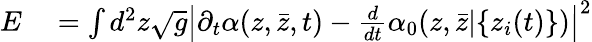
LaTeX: \begin{array}{rl}{E}&{{}=\int d^{2}z\sqrt{g}\left|\partial_{t}\alpha(z,{\bar{z}},t)-\frac{d}{dt}\alpha_{0}(z,{\bar{z}}|\{ z_{i}(t)\} )\right|^{2}}\end{array}